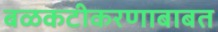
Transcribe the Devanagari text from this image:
बळकटीकरणाबाबत